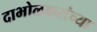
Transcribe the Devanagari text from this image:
दाभोळकरांच्या